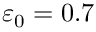
\varepsilon _ { 0 } = 0 . 7